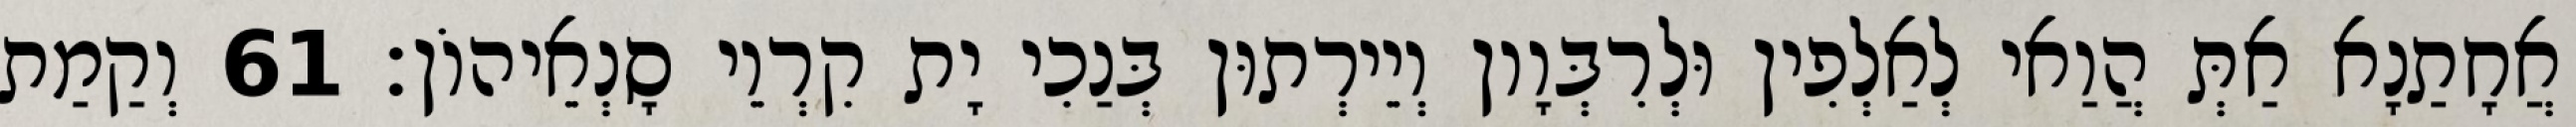
אֲחָתַנָא אַתְּ הֲוַאי לְאַלְפִין וּלְרִבְּוָון וְיֵירְתוּן בְּנַכִי יָת קִרְוֵי סָנְאֵיהוֹן׃ 61 וְקַמַת